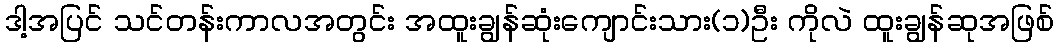
ဒါ့အပြင် သင်တန်းကာလအတွင်း အထူးချွန်ဆုံးကျောင်းသား(၁)ဦး ကိုလဲ ထူးချွန်ဆုအဖြစ်